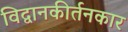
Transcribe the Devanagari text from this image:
विद्वानकीर्तनकार